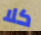
كلا